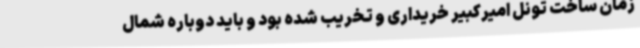
زمان ساخت تونل امیرکبیر خریداری و تخریب شده بود و باید دوباره شمال